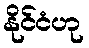
နိုင်ငံဟု